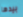
بيدها